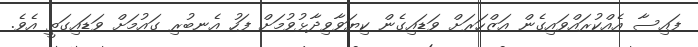
ފައިސާ އެއްކުރައްވައިގެން އަޒްހަރަށް ވަޑައިގެން ކިޔަވާވިދާޅުވުމަށް ފަހު އެނބުރި ގައުމަށް ވަޑައިގަތީ އެވެ.